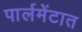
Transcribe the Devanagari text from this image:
पार्लमेंटात